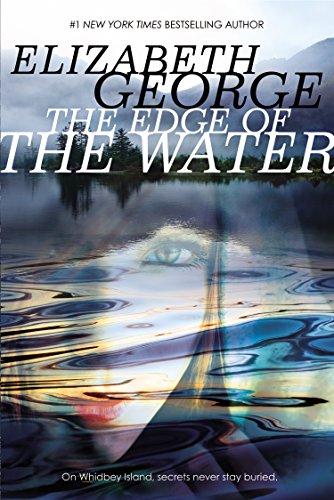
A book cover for The Edge of the Water (Edge of Nowhere); Elizabeth George; Teen & Young Adult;